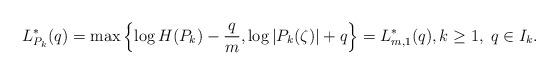
LaTeX: \begin{align*}L_{P_{k}}^{\ast}(q)=\max \left\{ \log H(P_{k})-\frac{q}{m}, \log \vert P_{k}(\zeta)\vert+q \right\}=L_{m,1}^{\ast}(q), k\geq 1,\; q\in I_{k}.\end{align*}